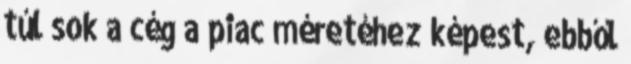
túl sok a cég a piac méretéhez képest, ebből